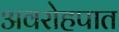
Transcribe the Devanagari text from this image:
अवरोहपात